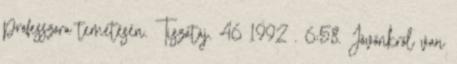
professzora temetésén. Tiszatáj. 46 1992 . 6:58. Jövőnkről van